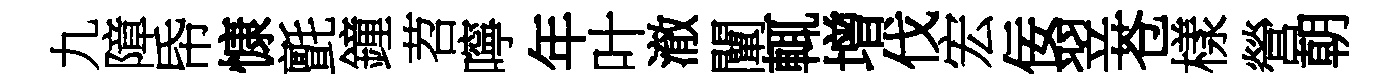
九障帋慷氈鐘苕嚀年叶澈闡輒增伐宏佞翌苍樣營朝